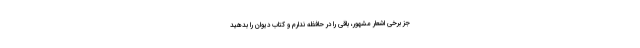
جز برخی اشعار مشهور، باقی را در حافظه ندارم و کتاب دیوان را بدهید